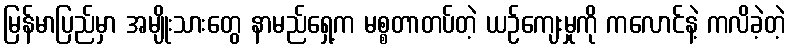
မြန်မာပြည်မှာ အမျိုးသားတွေ နာမည်ရှေ့က မစ္စတာတပ်တဲ့ ယဉ်ကျေးမှုကို ကလောင်နဲ့ ကလိခဲ့တဲ့